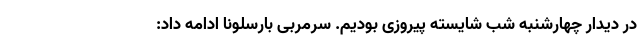
در دیدار چهارشنبه شب شایسته پیروزی بودیم. سرمربی بارسلونا ادامه داد: